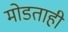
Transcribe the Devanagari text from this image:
मोडताही